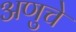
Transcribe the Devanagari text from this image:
अणुचे